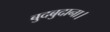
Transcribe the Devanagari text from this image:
बुदबुदाना।